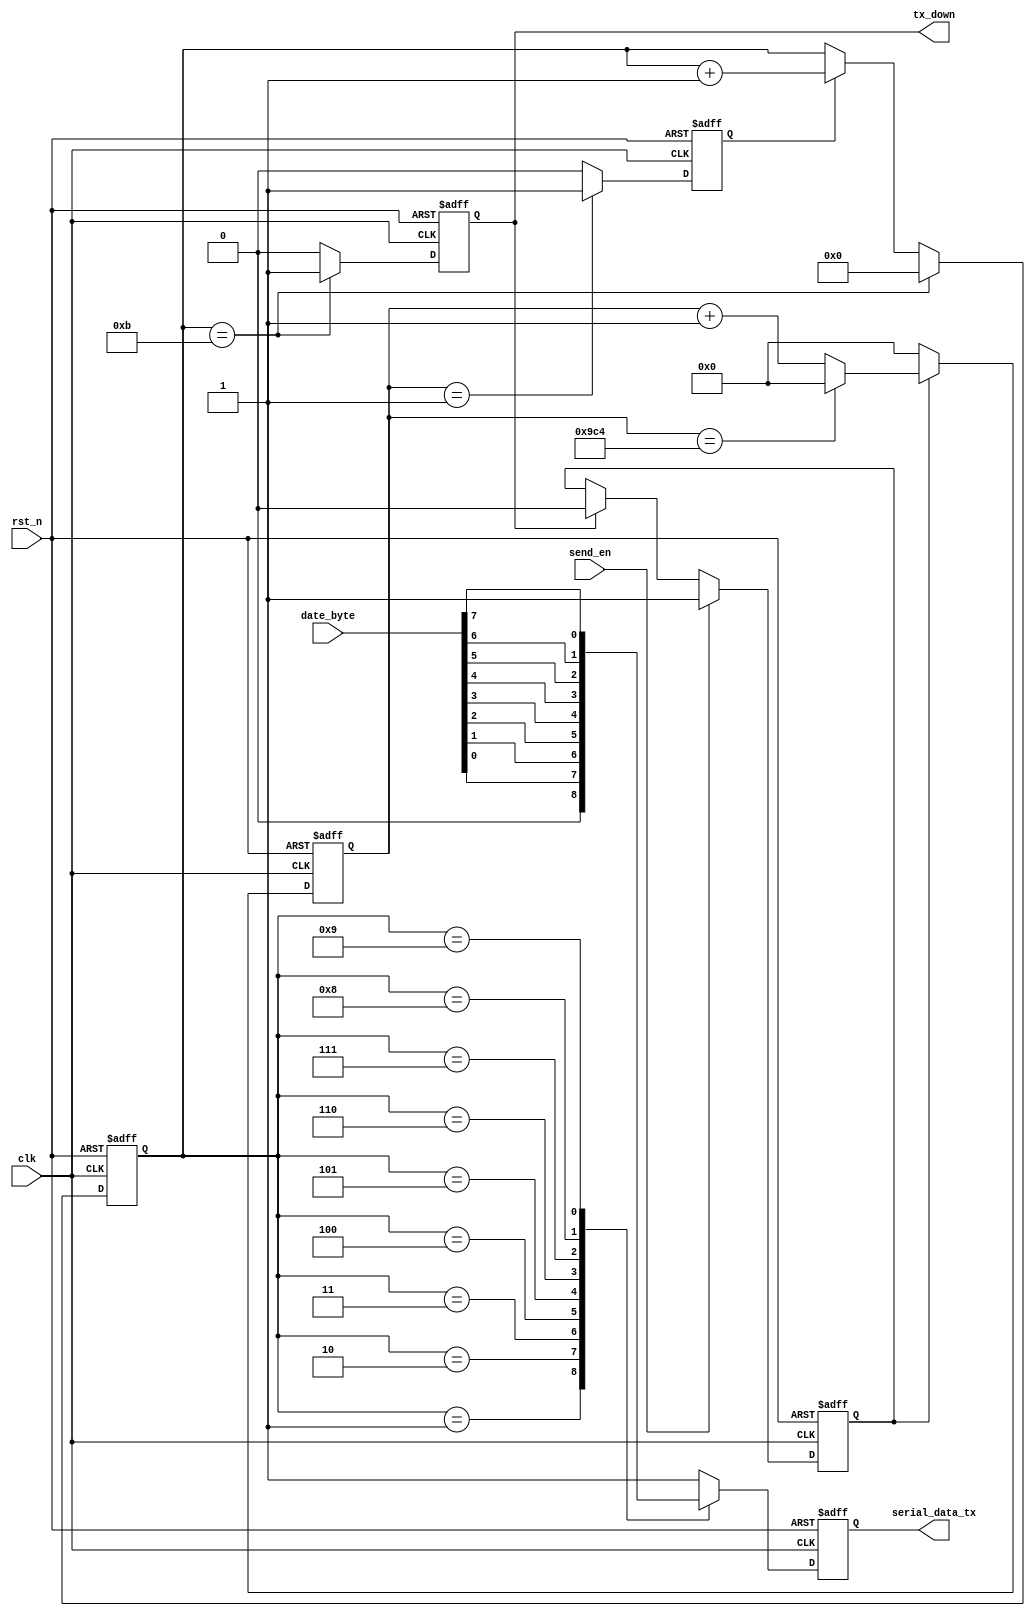
`timescale 1ns / 1ps
//////////////////////////////////////////////////////////////////////////////////
// Company: 
// Engineer: 
// 
// Design Name: 
// Module Name:    uart_byte_tx 
// Project Name: 
// Target Devices: 
// Tool versions: 
// Description: 
//
// Dependencies: 
//
// Revision: 
// Revision 0.01 - File Created
// Additional Comments: 
//
//////////////////////////////////////////////////////////////////////////////////
//byte
module uartuart_byte_tx(
    input clk,      //
	input rst_n,    //
	input send_en,     //
	input [7:0] date_byte,    //
	output reg serial_data_tx,     //
	output reg tx_down      //
	);
	reg uart_state;    // 
	reg[12:0]bps_count;  //
	reg bps_clk;     //
	reg[3:0] uart_count;  //10
	//reg [7:0] reserve_date_byte;   //
	parameter BPSBPS=16'd2500;
	//parameter BPSBPS=13'd5;
	//
	//always@(posedge clk or negedge rst_n)
	//begin
	//if(!rst_n)
		//reserve_date_byte<=8'd0;
	//else if(send_en)
		//reserve_date_byte<=date_byte;
	//else
		//reserve_date_byte<=reserve_date_byte;
	//end
	//
	always@(posedge clk or negedge rst_n)
	begin
	if(!rst_n)
	uart_state<=4'b0;
	else if(send_en)
	uart_state<=1'b1;
	else if(tx_down)
	uart_state<=1'b0;
	else
	uart_state<=uart_state;
	end
	//9600bps
	always@(posedge clk or negedge rst_n)
	begin
	if(!rst_n)
		bps_count<=16'd0;
	else if(uart_state==1'b1)
	begin
		if(bps_count==BPSBPS)
			bps_count<=16'd0;
		else
			bps_count<=bps_count+1'b1;
	end
	else
		bps_count<=16'd0;
	end
		
	// 
	always@(posedge clk or negedge rst_n)
	begin
	if(!rst_n)
		bps_clk<=1'b0;
	else if(bps_count==16'd1)
		bps_clk<=1'b1;
	else
		bps_clk<=1'b0;
	end
	
	// 
	always@(posedge clk or negedge rst_n)
	begin
	if(!rst_n)
		uart_count<=4'b0;
	else if(uart_count==4'd11)       //8++1001~10
		uart_count<=4'b0;
	else if(bps_clk)
		uart_count<=uart_count+1'b1;
	else
		uart_count<=uart_count;
	end
	// 
	always@(posedge clk or negedge rst_n)
	begin
	if(!rst_n)
		tx_down<=1'b0;
	else if(uart_count==4'd11)
		tx_down<=1'b1;
	else
		tx_down<=1'b0;
	end
	//
	always@(posedge clk or negedge rst_n)
	begin
	if(!rst_n)
		serial_data_tx<=1'b0;
	else
	begin
		case(uart_count)
		4'b0000:serial_data_tx<=1'b1;
		4'b0001:serial_data_tx<=1'b0;
		4'b0010:serial_data_tx<=date_byte[0];
		4'b0011:serial_data_tx<=date_byte[1];
		4'b0100:serial_data_tx<=date_byte[2];
		4'b0101:serial_data_tx<=date_byte[3];
		4'b0110:serial_data_tx<=date_byte[4];
		4'b0111:serial_data_tx<=date_byte[5];
		4'b1000:serial_data_tx<=date_byte[6];
		4'b1001:serial_data_tx<=date_byte[7];
		4'b1010:serial_data_tx<=1'b1;
		default:serial_data_tx<=1'b1;
		endcase
	end
	end



endmodule